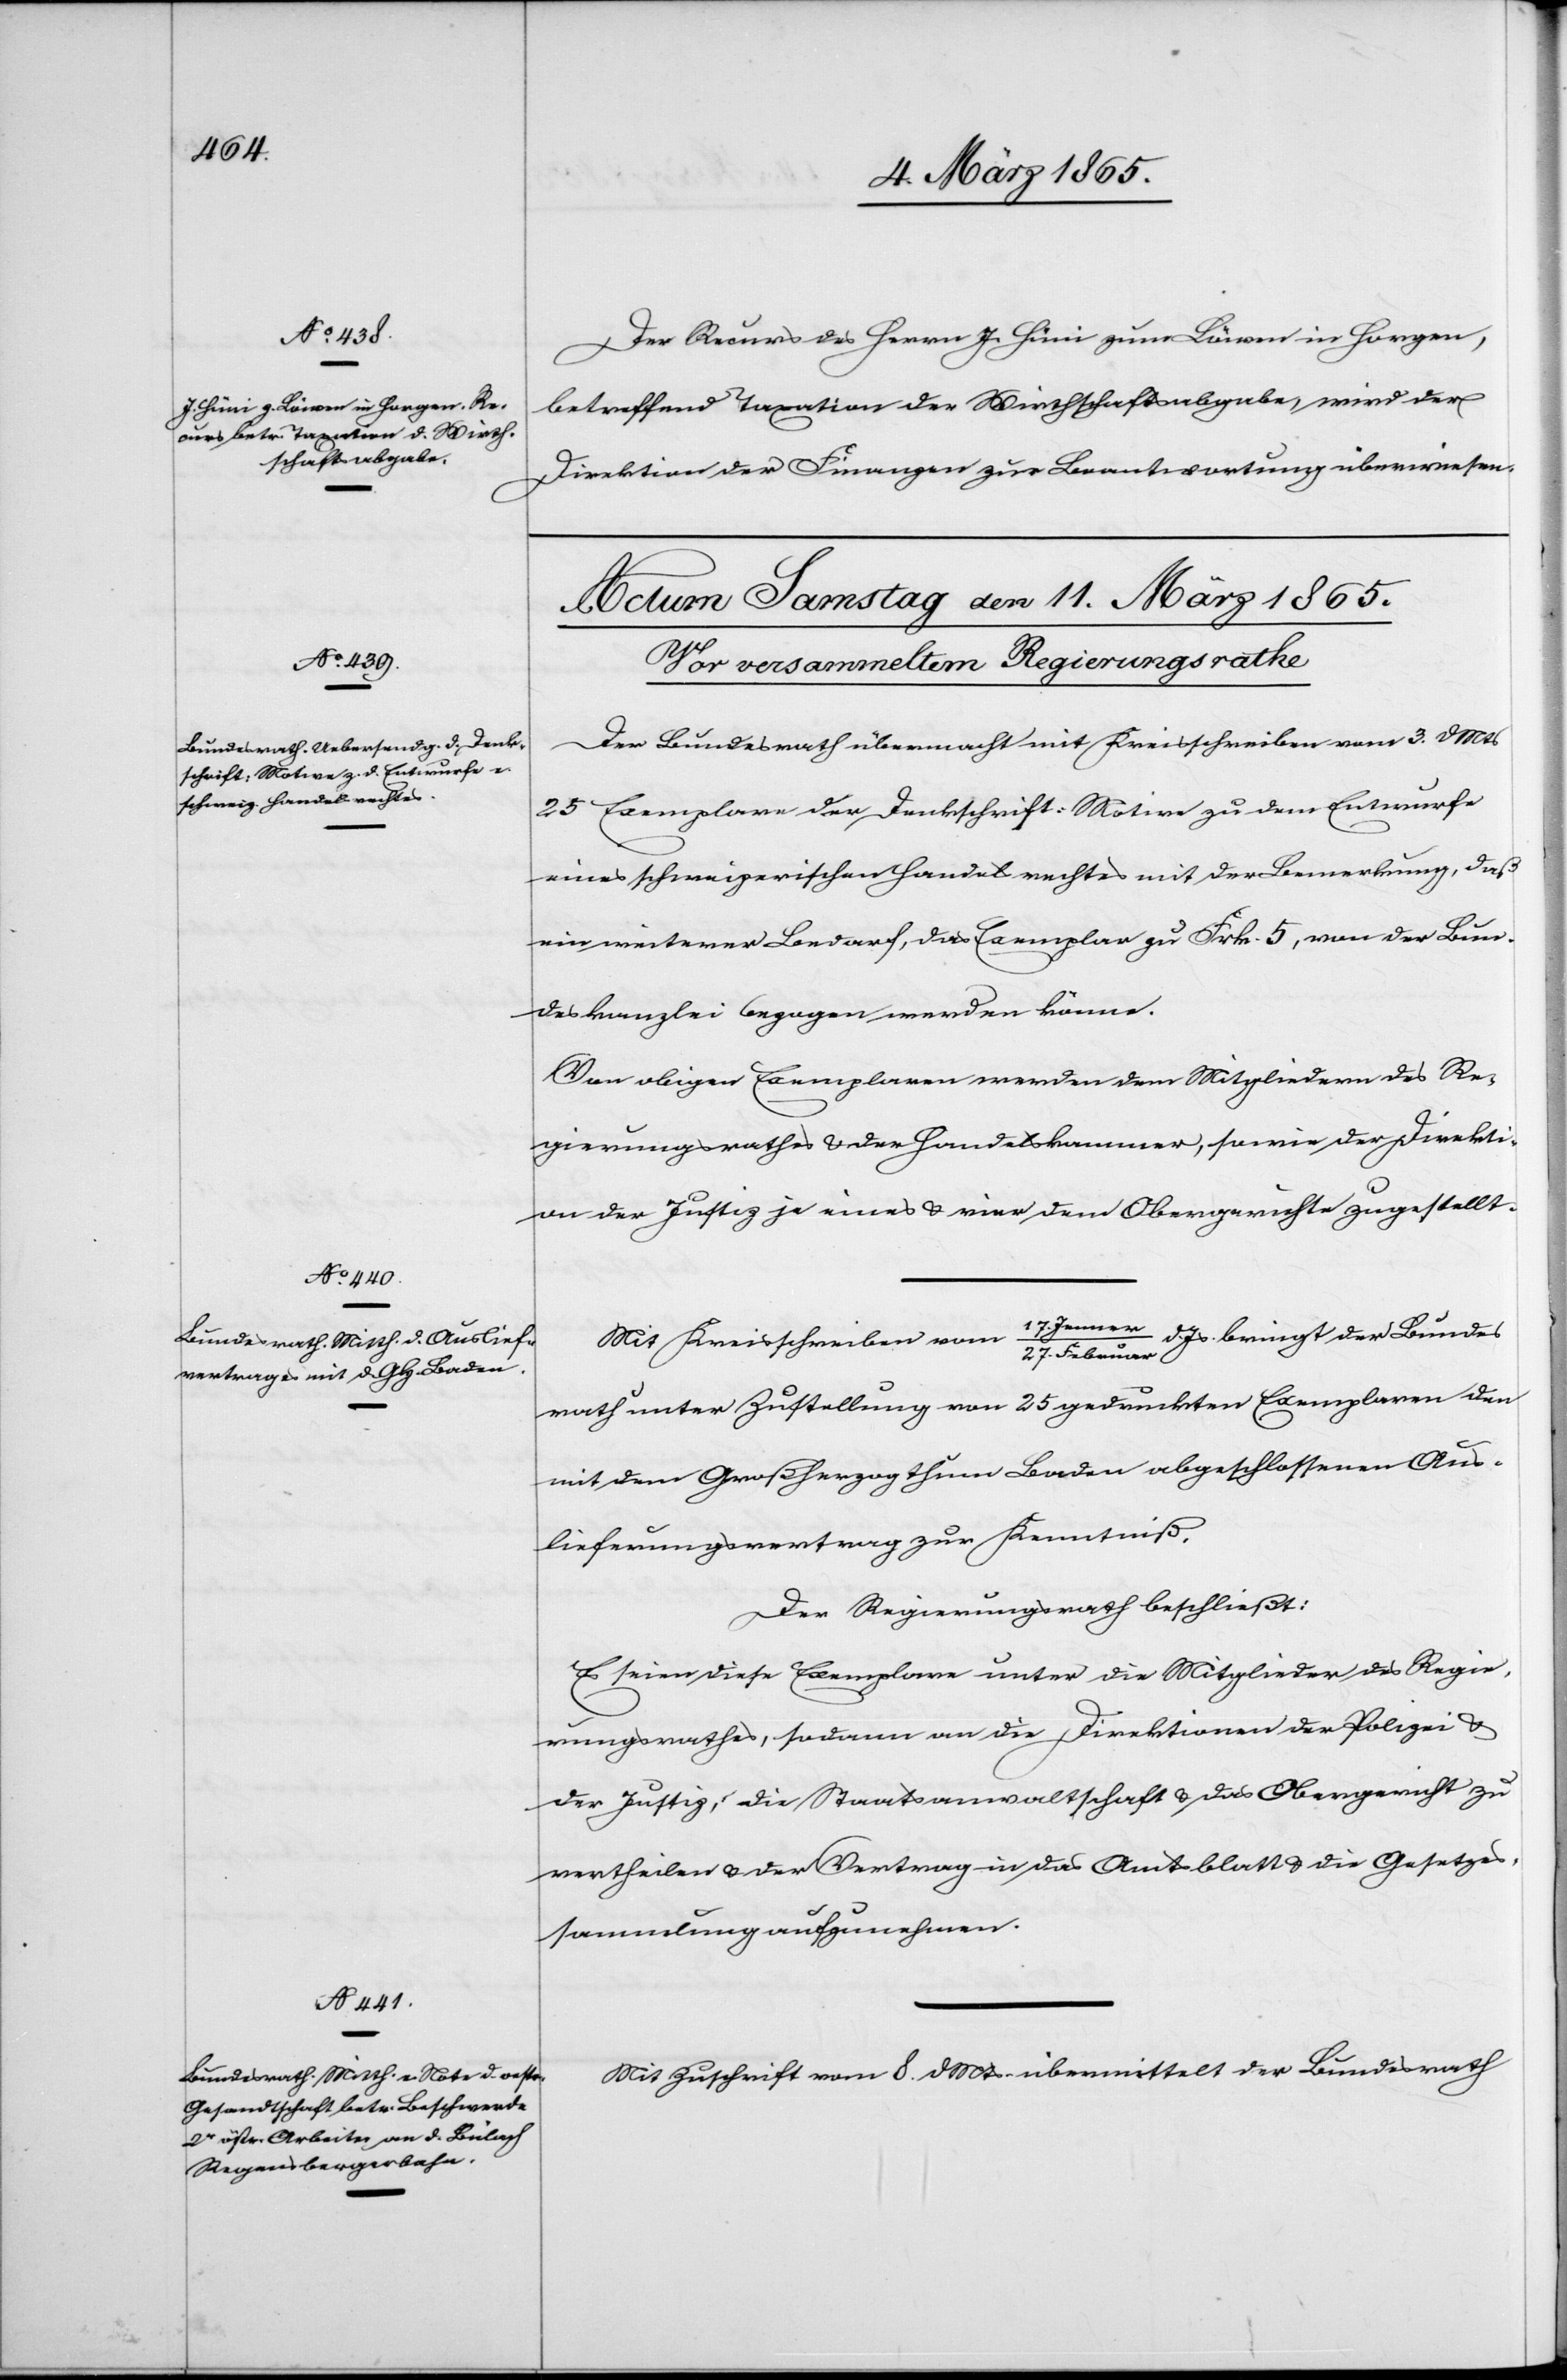
10. März 1865.]
Der Recurs des Herrn J. Hüni zum Bären in Horgen,
betreffend Taxation der Wirthschaftsabgabe, wird der
Direktion der Finanzen zur Beantwortung überwiesen.
Der Bundesrath übermacht mit Kreisschreiben vom 3. d Mts
25 Exemplare der Denkschrift-Motive zu dem Entwurfe
eines schweizerischen Handelsrechtes mit der Bemerkung, daß
ein weiterer Bedarf, das Exemplar zu Frk. 5, von der Bun¬
deskanzlei bezogen werden könne.
Von obigen Exemplaren werden dem [sic!] Mitgliedern des Re¬
gierungsrathes u. der Handelskammer, sowie der Direkti¬
on der Justiz je eines u. vier dem Obergerichte zugestellt.
Februar d. Js. bringt der Bundes¬
Mit Kreisschreiben vom
rath unter Zustellung von 25 gedruckten Exemplaren den
mit dem Großherzogthum Baden abgeschlossenen Aus¬
lieferungsvertrag zur Kenntniß.
Der Regierungsrath beschließt:
Es seien diese Exemplare unter die Mitglieder des Regie¬
rungsrathes, sodann an die Direktion der Polizei u.
der Justiz, die Staatsanwaltschaft u. das Obergericht zu
vertheilen u. der Vertrag in das Amtsblatt u. die Gesetzes¬
sammlung aufzunehmen.
Mit Zuschrift vom 8. d Mts übermittelt der Bundesrath